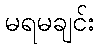
မရမချင်း